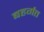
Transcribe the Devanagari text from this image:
बहर्गत